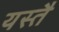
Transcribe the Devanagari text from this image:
यस्तै